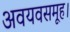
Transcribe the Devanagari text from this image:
अवयवसमूह।